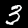
Label: 3